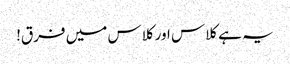
یہ ہے کلاس اور کلاس میں فرق!